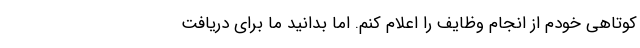
کوتاهی خودم از انجام وظایف را اعلام کنم. اما بدانید ما برای دریافت